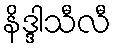
နိဒ္ဒါသီလီ